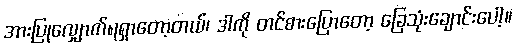
အားပြုလျှောက်ရရှာတော့တယ်၊ ဒါကို တင်စားပြောတော့ ခြေသုံးချောင်းပေါ့။